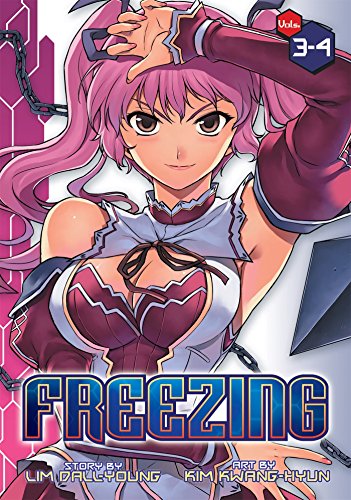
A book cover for Freezing Vol. 3-4; Dall-Young Lim; Comics & Graphic Novels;